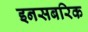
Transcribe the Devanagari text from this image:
इनसबरिक